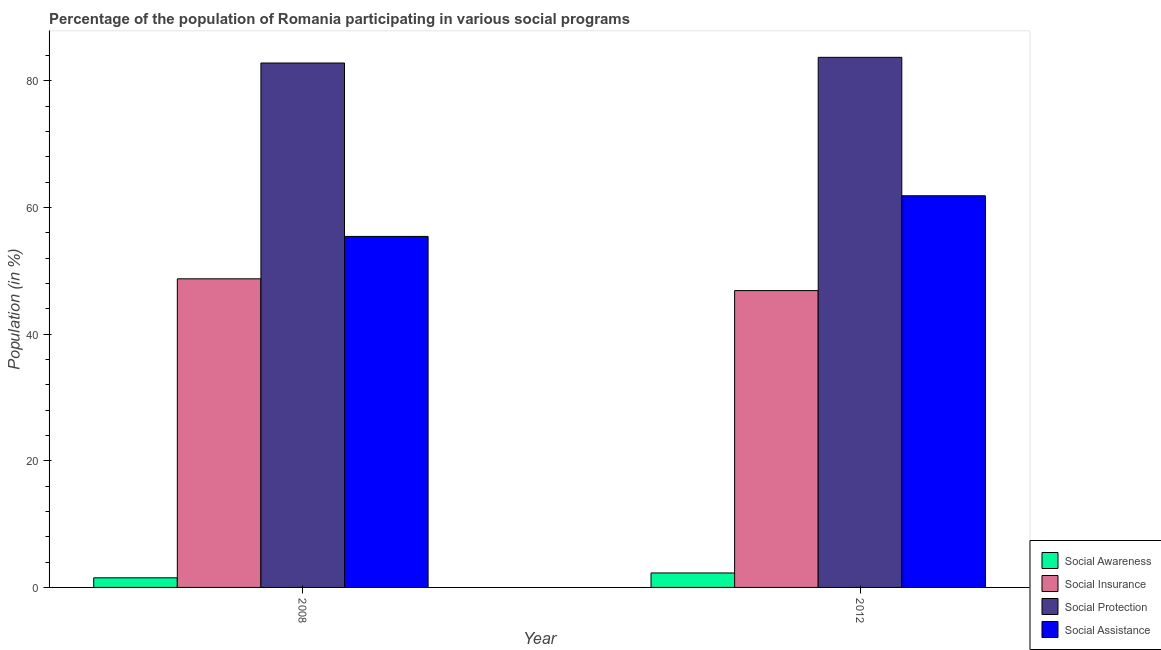
| Year | Social Awareness | Social Insurance | Social Protection | Social Assistance |
 | --- | --- | --- | --- | --- |
 | 2008 | 1.52 | 48.7 | 82.8 | 55.4 |
 | 2012 | 2.28 | 46.9 | 83.7 | 61.8 |